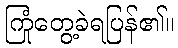
ကြုံတွေ့ခဲရပြန်၏။